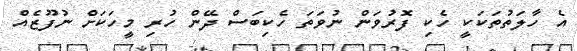
އެ ހާލަތުތަކަކީ ހެކި ފޮރުވަން ނުވަތަ ހެކިބަސް ދޭން ހުރި މީހަކަށް ނުފޫޒެއް